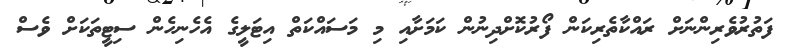
ފަތުރުވެރިންނަށް ރައްކާތެރިކަން ފޯރުކޮށްދިނުން ކަމަށާއި މި މަސައްކަތް އިޓަލީގެ އެހެނިހެން ސިޓީތަކަށް ވެސް